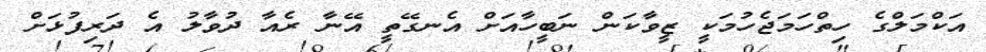
އަކްމަލްގެ ހިތްހަމަޖެހުމަކީ ޒީވާކަން ނަބީހާއަށް އެނގޭތީ އޭނާ ރެއާ ދުވާލު އެ ދަރިފުޅަށް